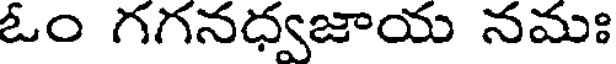
ఓం గగనధ్వజాయ నమః